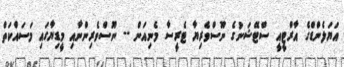
އަޔަލެންޑްގެ އާރްޓީއީ ސްޓޭޝަނުގެ ނޫސްވެރިޔާ ޓެރީސާ މެނިއަން -- ނޫސްވެރިންނާއި މީޑިޔާގައި މަސައްކަތް